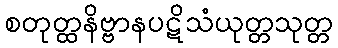
စတုတ္ထနိဗ္ဗာနပဋိသံယုတ္တသုတ္တ